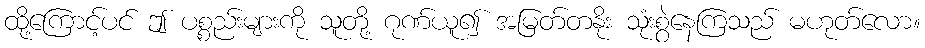
ထို့ကြောင့်ပင် ဤ ပစ္စည်းများကို သူတို့ ဂုဏ်ယူ၍ အမြတ်တနိုး သုံးစွဲနေကြသည် မဟုတ်လော။